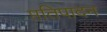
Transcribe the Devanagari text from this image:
प्ततिपादन